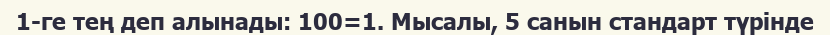
1-ге тең деп алынады: 100=1. Мысалы, 5 санын стандарт түрінде